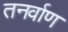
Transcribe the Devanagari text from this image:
तनर्वाण